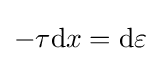
-\tau \mathrm {d} x=\mathrm {d} \varepsilon